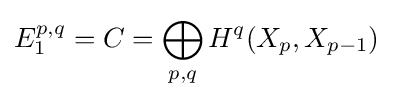
E_{1}^{p,q}=C=\bigoplus _{p,q}H^{q}(X_{p},X_{p-1})